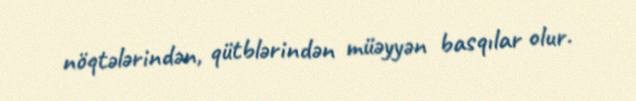
nöqtələrindən, qütblərindən müəyyən basqılar olur.